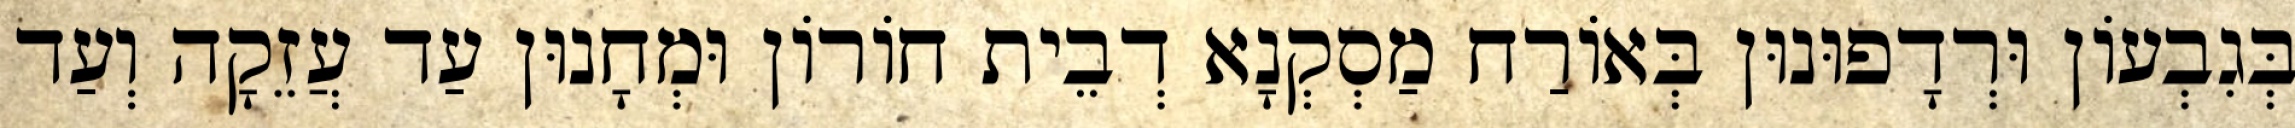
בְּגִבְעוֹן וּרְדָפוּנוּן בְּאוֹרַח מַסְקְנָא דְבֵית חוֹרוֹן וּמְחָנוּן עַד עֲזֵקָה וְעַד